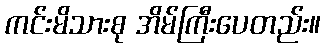
ကင်းမိသားစု အိမ်ကြီးပေတည်း။